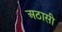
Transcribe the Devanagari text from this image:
अठासी